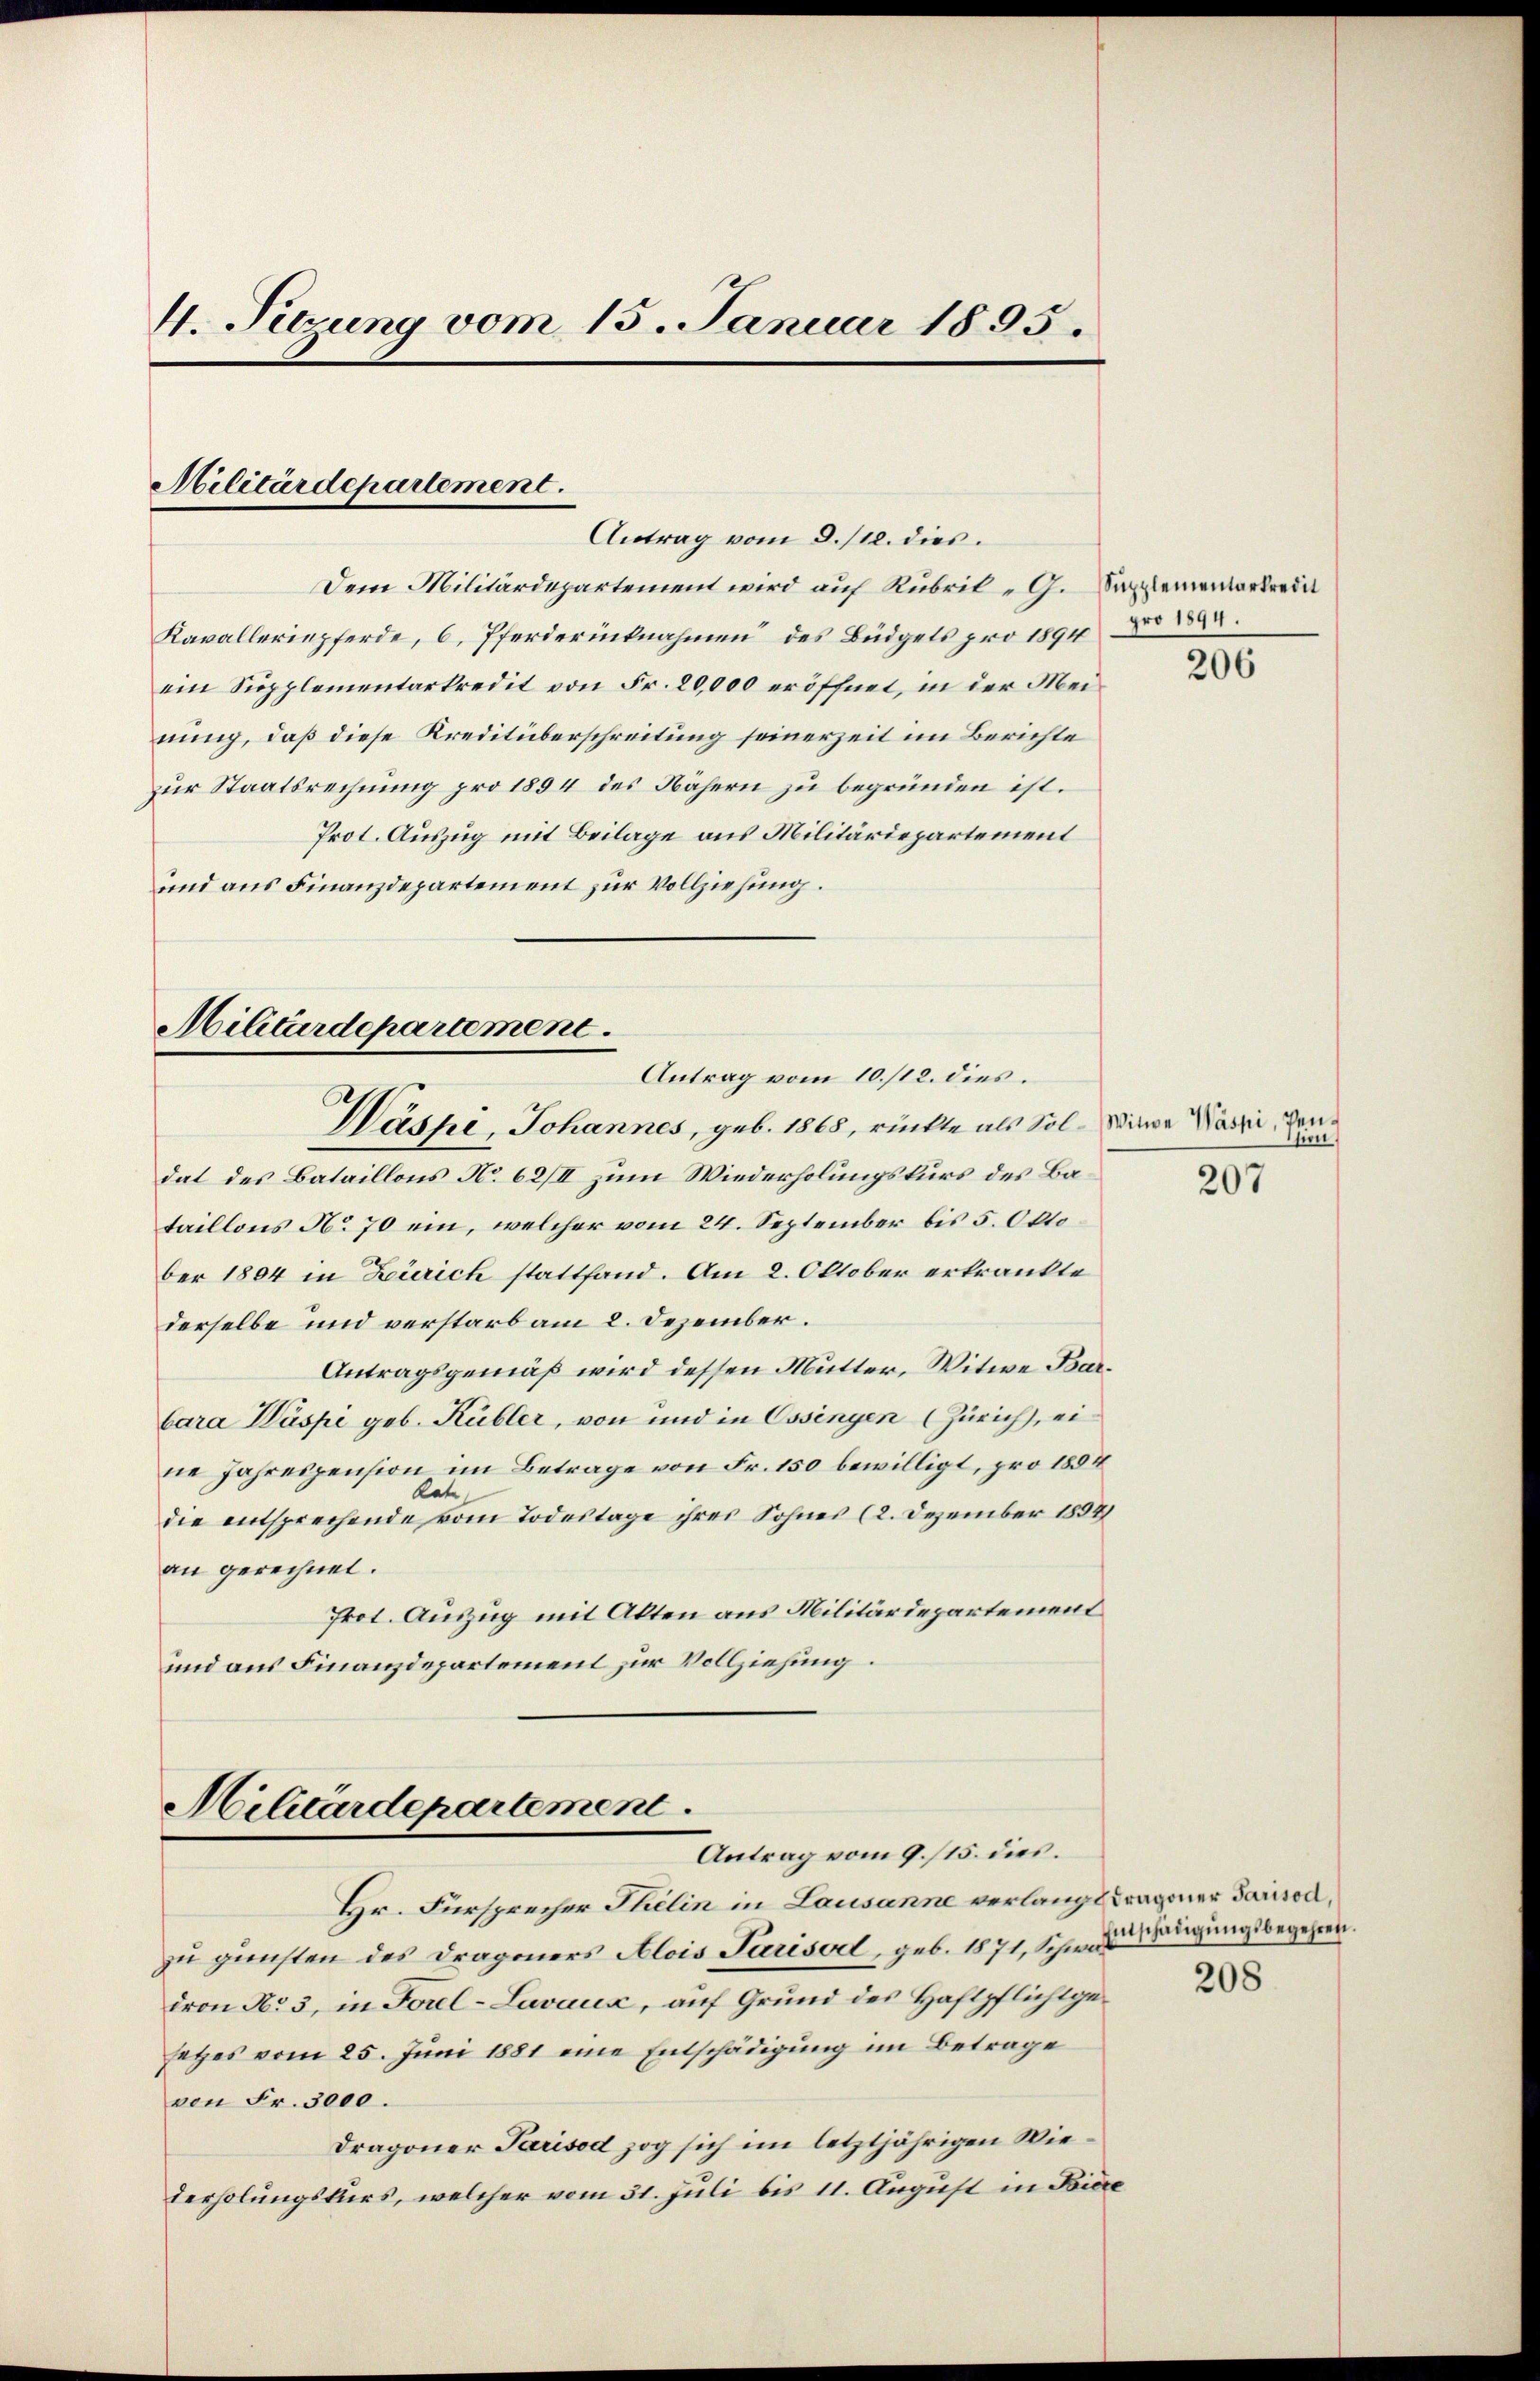
4. Sizung vom 15. Januar 1895.

Dem Militärdepartement wird auf Rubrik - G. Salementar
Kavalleriepferde, 6, Pferderüknahmen des Büdgets pro 1894
ein Supplementarkredit von Fr. 20,000 eröffnet, in der Meinung, daß diese Kreditüberschreitung seinerzeit im Berichte
zur Staatsrechnung pro 1894 des Nähern zu begründen ist.
Prot. Auszug mit Beilage aus Militärdepartement
und aus Finanzdepartement zur Vollziehung.

Militärdepartement
Antrag vom 8. /12. dies

Militärdepartement
Antrag vom 10./12. dies
Washi, Johannes, geb. 1868, rückte als Sol- Winde Varii, den¬

dat des Bataillons No. 62/II zum Wiederholungskurs des Bataillons No 70 ein, welcher vom 24. September bis 5. Okto
ber 1804 in Zürich stattfand. Am 2. Oktober erkränkte
derselbe und verstarb am 2. Dezember.
Antragsgemäß wird dessen Mutter, Witwe Barbara Wüspi geb. Kübler, von und in Ossingen (Zürich, eidie Jahrespension im Betrage von Fr. 150 bewilligt, pro 1854
late
die entsprechende vom Todestage ihres Sohnes (2. Dezember 1894
an gerechnet.
Prot. Auszug mit Akten aus Militärdepartement
und aus Finanzdepartement zur Vollziehung.

Militärdepartement
Antrag vom 9. /15. dies.

Hr. Fürsprecher Philin in Lausanne verlangt wagener Sauren,
zu gunsten des Drageners Alois Parisod, geb. 1871, Schweigungsbegehren.
dron No 3, in Forel-Lavaux, auf Grund des Haftpflicht gesetzes vom 25. Juni 1881 eine Entschädigung im Betrage
von Fr. 3000.
Dragoner Parisod zog sich im letztjährigen Wiederholungskurs, welcher vom 31. Juli bis 11. August in Bic

pro 1894.

206

sien.

207

208